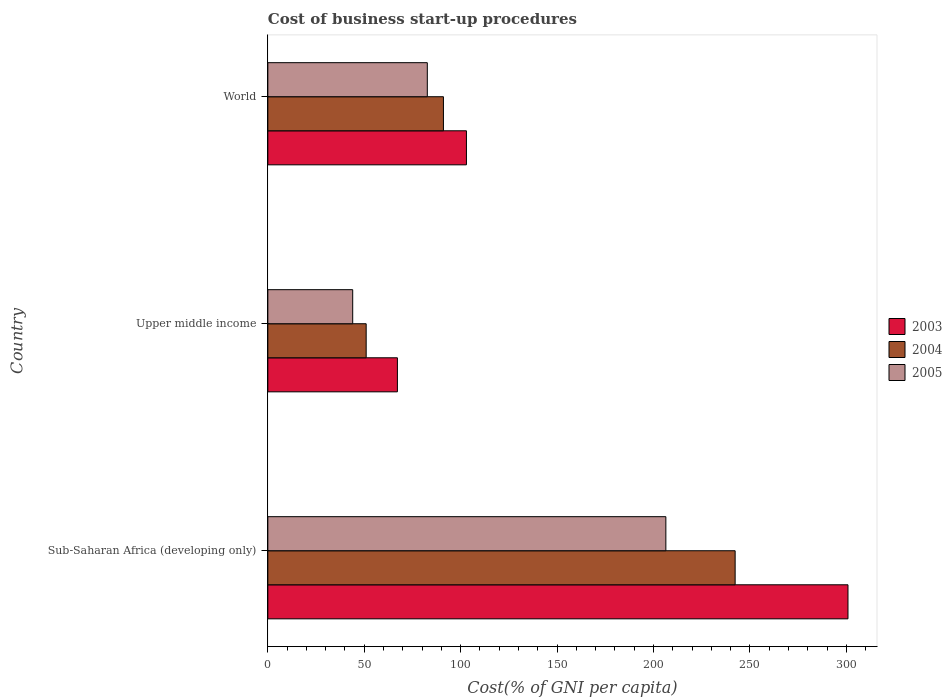
| Country | 2003 | 2004 | 2005 |
 | --- | --- | --- | --- |
 | Sub-Saharan Africa (developing only) | 301 | 242 | 206 |
 | Upper middle income | 67.2 | 51 | 44 |
 | World | 103 | 91.1 | 82.7 |